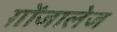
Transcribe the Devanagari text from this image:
ग़ोंजालेज